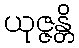
ယုဇ္ဇန္တိ